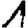
Digit: 1